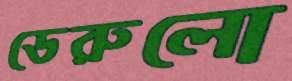
ডেরুলো